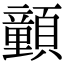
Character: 𩕉